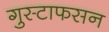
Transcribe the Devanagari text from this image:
गुस्टाफसन